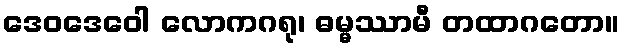
ဒေဝဒေဝေါ လောကဂရု၊ ဓမ္မဿာမီ တထာဂတော။